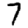
Digit: 7